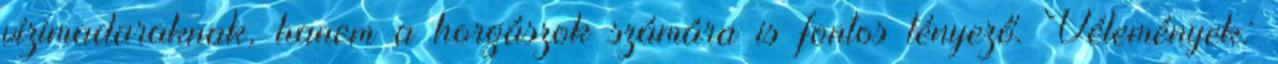
vízimadaraknak, hanem a horgászok számára is fontos tényező. Vélemények: